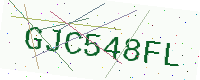
Text: GJC548FL